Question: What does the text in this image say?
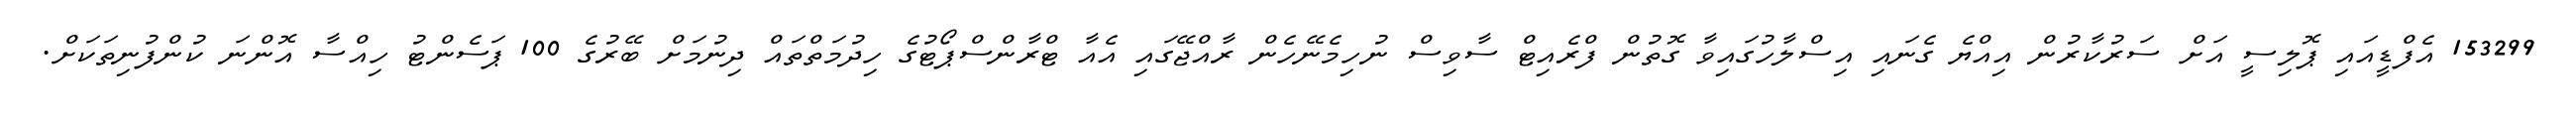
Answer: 153299 އެފްޑީއައި ޕޮލިސީ އަށް ސަރުކާރުން އިއްޔެ ގެނައި އިސްލާހުގައިވާ ގޮތުން ފްރެއިޓް ސާވިސް ނުހިމެނޭހެން ރާއްޖޭގައި އެއާ ޓްރާންސްޕޯޓުގެ ހިދުމަތްތައް ދިނުމަށް ބޭރުގެ 100 ޕަސެންޓު ހިއްސާ އޮންނަ ކުންފުނިތަކަށް.